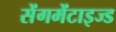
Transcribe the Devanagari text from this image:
सेंगमेंटाइज्ड